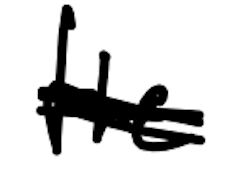
Text: the
Cross-out: scratch
Writing tool: digital_black